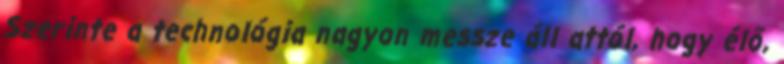
Szerinte a technológia nagyon messze áll attól, hogy élő,